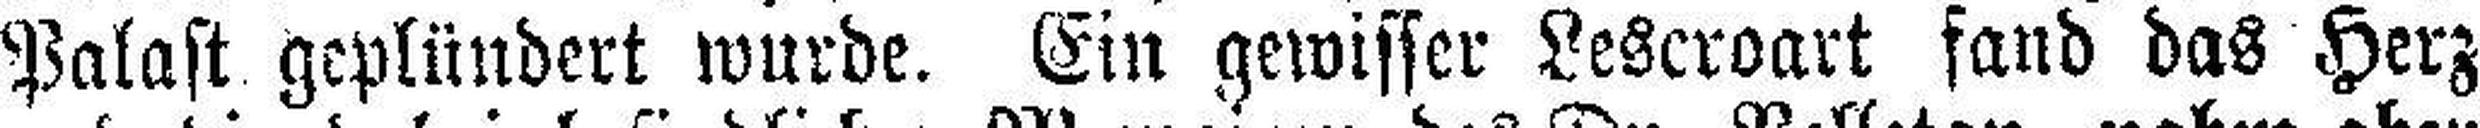
Palast geplündert wurde. Ein gewisser Lescroart fand das Herz